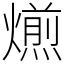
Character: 𤐄